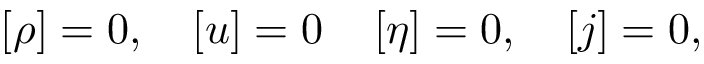
\left[ \rho \right] = 0 , \quad \left[ u \right] = 0 \quad \left[ \eta \right] = 0 , \quad \left[ j \right] = 0 ,